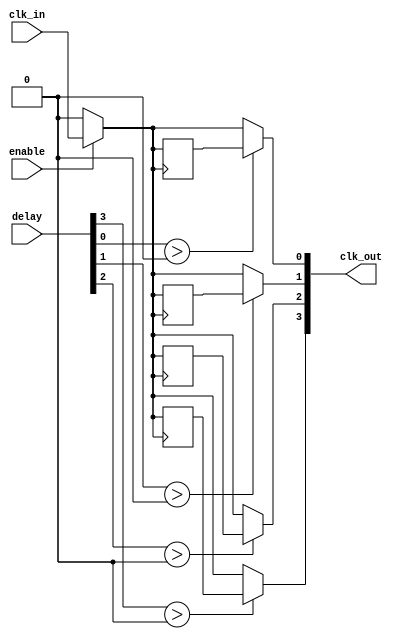
module SkewOptimizedClockBuffer #(
    parameter NUM_OUTPUTS = 4,        // Number of output clocks
    parameter DELAY_WIDTH = 4          // Width of programmable delay (in bits)
)(
    input wire clk_in,                 // Input Clock
    input wire [DELAY_WIDTH-1:0] delay, // Programmable delay input
    input wire enable,                 // Enable signal for clock buffer
    output wire [NUM_OUTPUTS-1:0] clk_out // Output Clocks
);

// Internal signals for clock distribution
wire clk_buffered;
wire [NUM_OUTPUTS-1:0] clk_delayed;

// Clock Buffering
assign clk_buffered = enable ? clk_in : 1'b0; // Buffer output based on enable

// Delay matching - simple example using a loop
genvar i;
generate
    for (i = 0; i < NUM_OUTPUTS; i = i + 1) begin : clk_distribution
        // Simple delay implementation using a register (can be replaced with delay lines)
        reg clk_reg;
        always @(posedge clk_buffered) begin
            clk_reg <= clk_buffered; // Capture clock signal
        end
        
        // Assign delayed clock to output
        assign clk_delayed[i] = (delay[i % DELAY_WIDTH] > 0) ? clk_reg : clk_buffered; // Simple delay logic
    end
endgenerate

// Strong output drivers for the clock signals
generate
    for (i = 0; i < NUM_OUTPUTS; i = i + 1) begin : output_drivers
        // Instantiate strong output drivers (for example purposes, just passing the signal)
        assign clk_out[i] = clk_delayed[i]; // Drive the output clock
    end
endgenerate

endmodule